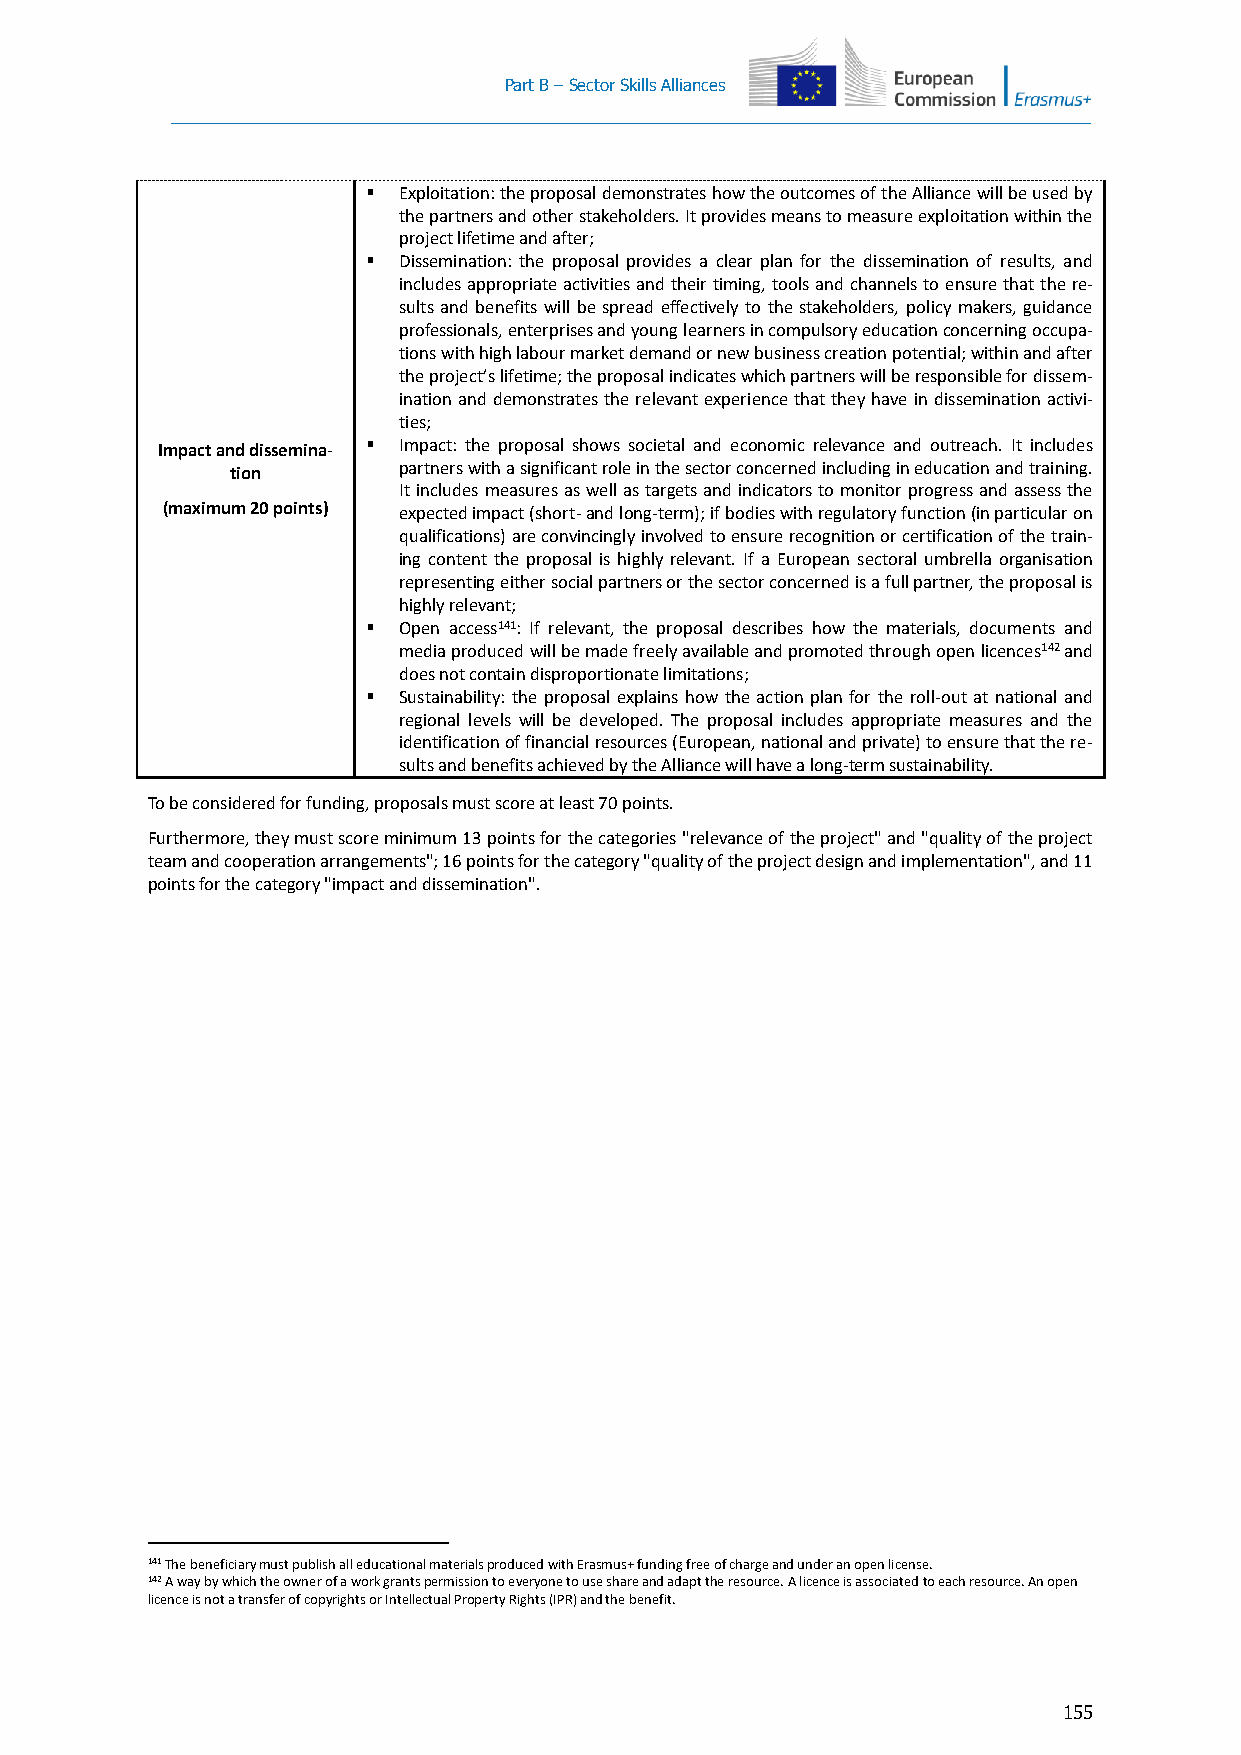
Part B – Sector Skills Alliances
  Exploitation: the proposal demonstrates how the outcomes of the Alliance will be used by
 the partners and other stakeholders. It provides means to measure exploitation within the
 project lifetime and after;
  Dissemination: the proposal provides a clear plan for the dissemination of results, and
 includes appropriate activities and their timing, tools and channels to ensure that the re-
 sults and benefits will be spread effectively to the stakeholders, policy makers, guidance
 professionals, enterprises and young learners in compulsory education concerning occupa-
 tions with high labour market demand or new business creation potential; within and after
 the project’s lifetime; the proposal indicates which partners will be responsible for dissem-
 ination and demonstrates the relevant experience that they have in dissemination activi-
 ties;
 Impact and dissemina-  Impact: the proposal shows societal and economic relevance and outreach. It includes
 tion       partners with a significant role in the sector concerned including in education and training.
 It includes measures as well as targets and indicators to monitor progress and assess the
 (maximum 20 points) expected impact (short- and long-term); if bodies with regulatory function (in particular on
 qualifications) are convincingly involved to ensure recognition or certification of the train-
 ing content the proposal is highly relevant. If a European sectoral umbrella organisation
 representing either social partners or the sector concerned is a full partner, the proposal is
 highly relevant;
  Open access141: If relevant, the proposal describes how the materials, documents and
 media produced will be made freely available and promoted through open licences142 and
 does not contain disproportionate limitations;
  Sustainability: the proposal explains how the action plan for the roll-out at national and
 regional levels will be developed. The proposal includes appropriate measures and the
 identification of financial resources (European, national and private) to ensure that the re-
 sults and benefits achieved by the Alliance will have a long-term sustainability.
 To be considered for funding, proposals must score at least 70 points.
 Furthermore, they must score minimum 13 points for the categories "relevance of the project" and "quality of the project
 team and cooperation arrangements"; 16 points for the category "quality of the project design and implementation", and 11
 points for the category "impact and dissemination".
 141 The beneficiary must publish all educational materials produced with Erasmus+ funding free of charge and under an open license.
 142 A way by which the owner of a work grants permission to everyone to use share and adapt the resource. A licence is associated to each resource. An open
 licence is not a transfer of copyrights or Intellectual Property Rights (IPR) and the benefit.
 155